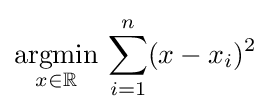
{\underset {x\in \mathbb {R} }{\operatorname {argmin} }}\,\sum _{i=1}^{n}(x-x_{i})^{2}